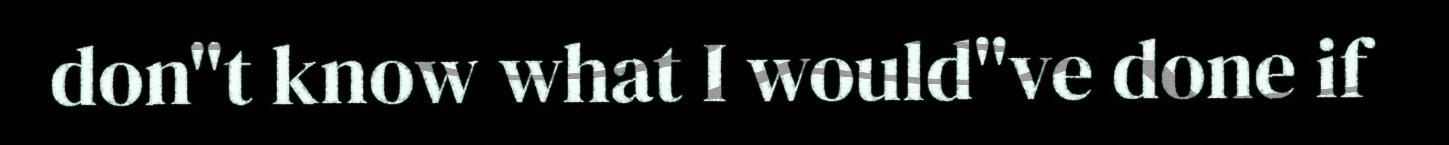
don"t know what I would"ve done if